Report on sanitation, dispensaries, and jails in Rajputana for 1920, and on vaccination for the year 1920-1921 - 1920-1921
Year: 1920
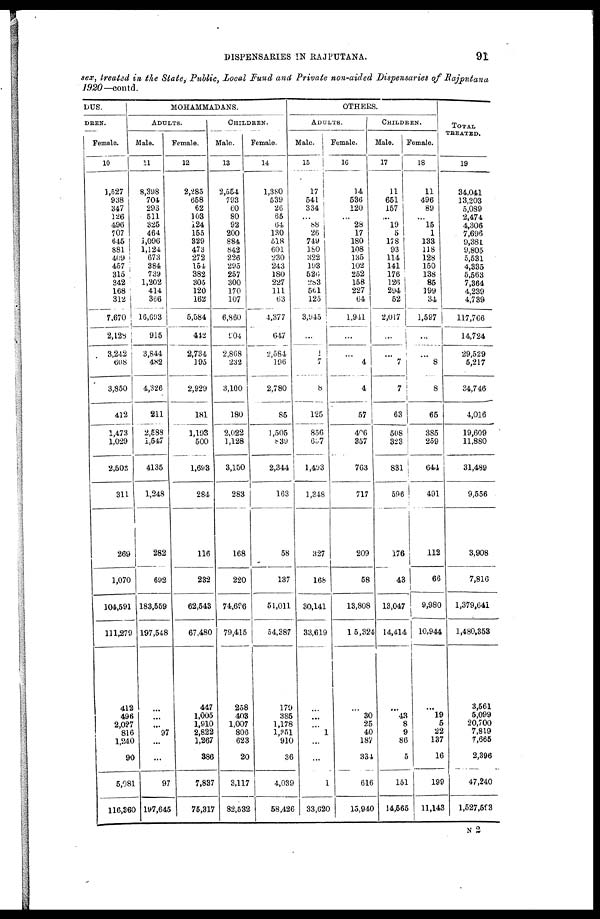
DISPENSARIES IN RAJPUTANA.
91
sex, treated in the State, Public, Local Fund and Private non-aided Dispensaries of Rajputana
1920—contd.
DUS.
DREN.
Female.
10
1,527
938
347
126
496
707
645
881
409
457
315
842
168
312
7,670
2,128
3,242
608
3,850
412
1,473
1,029
2,502
311
269
1,070
104,591
111,279
412
496
2,027
816
1,240
90
5,081
116,360
MOHAMMADANS.
ADULTS.
Male.
11
8,398
704
293
511
325
464
1,096
1,124
673
384
739
1,202
414
366
16,693
915
3,844
482
4,326
211
2,588
1,547
4135
1,248
282
692
183,559
197,548
...
...
...
97
...
...
97
197,645
Female.
12
2,285
658
62
103
124
155
329
473
272
154
382
305
120
162
5,584
442
2,734
195
2,929
181
1,193
500
1,693
284
116
232
62,543
67,480
447
1,005
1,910
2,822
1,267
386
7,837
75,317
CHILDREN.
Male.
13
2,554
793
60
80
92
200
884
842
226
295
257
300
170
107
6,860
904
2,868
232
3,100
180
2,022
1,128
3,150
283
168
220
74,606
79,415
258
403
1,007
806
623
20
3,117
82,532
Female.
14
1,380
539
26
65
64
130
518
601
230
243
180
227
111
63
4,377
647
2,584
196
2,780
85
1,505
839
2,344
163
58
137
51,011
54,387
179
385
1,178
1,351
910
36
4,039
58,426
OTHERS.
ADULTS.
Male.
15
17
541
334
...
88
26
749
180
322
193
526
283
561
125
3,945
...
1
7
8
125
856
657
1,493
1,348
327
168
30,141
33,619
...
...
...
1
...
...
1
33,620
Female.
16
14
536
120
...
28
17
180
108
135
102
252
158
227
64
1,941
...
...
4
4
57
406
357
763
717
209
58
13,808
15,324
...
30
25
40
187
334
616
15,940
CHILDREN.
Male.
17
11
651
157
...
19
5
178
93
114
141
176
126
294
52
2,017
...
...
7
7
63
508
323
831
596
176
43
13,047
14,414
...
43
8
9
86
5
151
14,565
Female
18
11
496
89
...
15
1
133
118
128
150
138
85
199
34
1,597
...
...
8
8
65
385
259
644
491
112
66
9,980
10,944
...
19
5
22
137
16
199
11,143
TOTAL
TREATED.
19
34,041
13,203
5,089
2,474
4,306
7,696
9,381
9,805
5,531
4,335
5,563
7,364
4,239
4,739
117,766
14,724
29,529
5,217
34,746
4,016
19,609
11,880
31,489
9,556
3,908
7,816
1,379,641
1,480,353
3,561
5,099
20,700
7,819
7,665
2,396
47,240
l,527,503
N 2